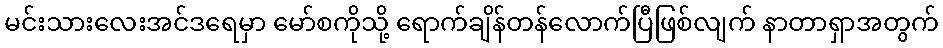
မင်းသားလေးအင်ဒရေမှာ မော်စကိုသို့ ရောက်ချိန်တန်လောက်ပြီဖြစ်လျက် နာတာရှာအတွက်